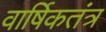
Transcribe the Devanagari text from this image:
वार्षिकतंत्र